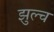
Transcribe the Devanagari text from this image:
झुल्च